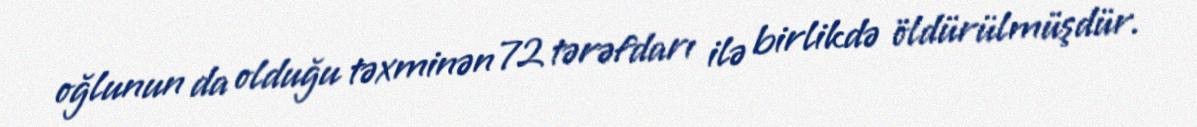
oğlunun da olduğu təxminən 72 tərəfdarı ilə birlikdə öldürülmüşdür.